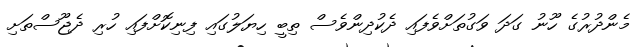
މެންދުރުގެ ހޫނު ގަދަ ވަގުތަށްވެފައި ދެކުދިންވެސް ތިބީ ހިޔަލުގައި ފިނިކޮށްފައި ހުރި ދެޖޫސްތަށި